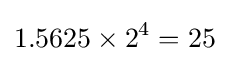
1.5625\times 2^{4}=25